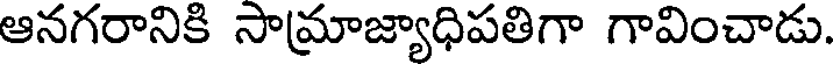
ఆనగరానికి సామ్రాజ్యాధిపతిగా గావించాడు.